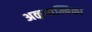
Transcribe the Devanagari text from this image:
अऴगाम्बिका